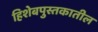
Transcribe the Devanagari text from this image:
हिशेबपुस्तकातील